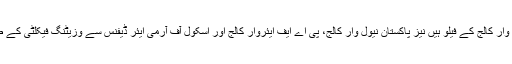
وہ پی اے ایف ایئر وار کالج کے فیلو ہیں نیز پاکستان نیول وار کالج، پی اے ایف ایئروار کالج اور اسکول آف آرمی ایئر ڈیفنس سے وزیٹنگ فیکلٹی کے طور پر وابستہ ہیں۔